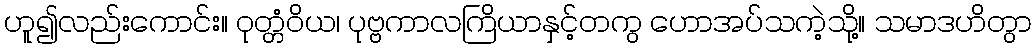
ဟူ၍လည်းကောင်း။ ဝုတ္တံဝိယ၊ ပုဗ္ဗကာလကြိယာနှင့်တကွ ဟောအပ်သကဲ့သို့။ သမာဒဟိတွာ